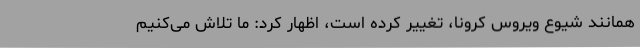
همانند شیوع ویروس کرونا، تغییر کرده است، اظهار کرد: ما تلاش می‌کنیم